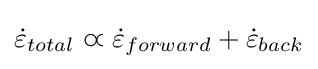
{\dot {\varepsilon }}_{total}\varpropto {\dot {\varepsilon }}_{forward}+{\dot {\varepsilon }}_{back}